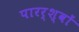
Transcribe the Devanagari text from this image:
पारर्श्वों